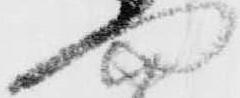
門